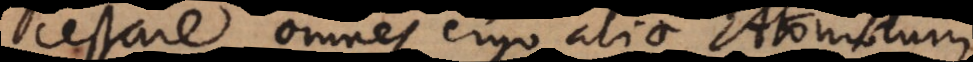
cessare, omnes ergo aliae Atomor